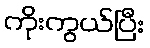
ကိုးကွယ်ပြီး